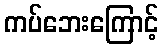
ကပ်ဘေးကြောင့်